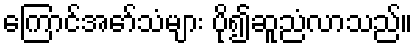
ကြောင်အော်သံများ ပို၍ဆူညံလာသည်။